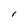
Character: l